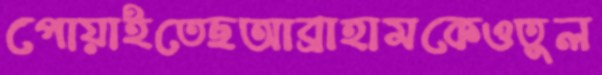
পোয়াইতেছআব্রাহামকেওতুল